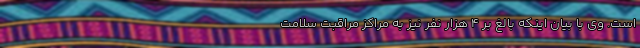
است. وی با بیان اینکه بالغ بر ۴ هزار نفر نیز به مراکز مراقبت سلامت